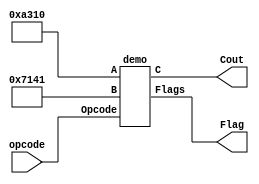
`timescale 1ns / 1ps
//////////////////////////////////////////////////////////////////////////////////
// Company:
// Engineers: John Mismash, Andrew Porter, Vanessa Bentley, Zach Phelan
//
// Design Name: First Go -2021
// Module Name:    alu
// Project Name: TEAM 1
// Target Devices:
// Tool versions:
// Description:
//
// Dependencies:
//
// Revision:
// Revision 0.01 - File Created
// Additional Comments: Testing
//
//////////////////////////////////////////////////////////////////////////////////
module demoforPass(opcode, Cout, Flag);

input [7:0] opcode;
output wire [15:0] Cout;
output wire [4:0] Flag;

parameter inA = 16'hA310; //-23792
parameter inB = 16'h7141; //28993

demo demoALU(inA, inB, Cout, opcode, Flag);


endmodule

module demo( A, B, C, Opcode, Flags);
input [15:0] A, B;
input [7:0] Opcode;
output reg [15:0] C;
output reg [4:0] Flags; // Flags[4]-ZF Flags[3]-CF,  Flags[2]-FF, Flags[1]-LF, Flags[0]-NF

parameter ADD    = 8'b00000000;
parameter ADDI   = 8'b00000001;
parameter ADDU   = 8'b00000010;
parameter ADDUI  = 8'b00000011;
parameter ADDC   = 8'b00000100;
parameter ADDCU  = 8'b00000101;
parameter ADDCUI = 8'b00000110;
parameter ADDCI  = 8'b00000111;
parameter SUB    = 8'b00001000;
parameter SUBI   = 8'b00001001;
parameter CMP    = 8'b00001010;
parameter CMPI   = 8'b00001011;
parameter CMPU   = 8'b00001100;
parameter AND    = 8'b00001101;
parameter OR     = 8'b00001110;
parameter XOR    = 8'b00001111;
parameter NOT    = 8'b00010000;
parameter LSH    = 8'b00010001;
parameter LSHI   = 8'b00010010;
parameter RSH    = 8'b00010011;
parameter RSHI   = 8'b00010100;
parameter ALSH   = 8'b00010101;
parameter ARSH   = 8'b00010110;
parameter NOP    = 8'b00010111;


always @(A, B, Opcode)
begin
	case (Opcode)
	ADDU:
		begin
		{Flags[3], C} = A + B;
		// perhaps if ({Flags[3], C} == 5'b00000) ....
		if (C == 'h0) Flags[4] = 1'b1; // Set Z flag if all zeros
		else Flags[4] = 1'b0;
		Flags[2:0] = 3'b000;
		end

	ADD:
		begin
		C = A + B;
		if (C == 'h0) Flags[4] = 1'b1;
		else Flags[4] = 1'b0;
		if( (~A[15] & ~B[15] & C[15]) | (A[15] & B[15] & ~C[15]) ) Flags[2] = 1'b1; // Checks if overflow occurred. Another way of writing it: if (a > 0 & b > 0 & c < 0 | a < 0 & b < 0 & c > 0), set overflow bit.
		else Flags[2] = 1'b0;
		Flags[1:0] = 2'b00; Flags[3] = 1'b0;
		end

    ADDI:
        begin
		C = A + B;
		if (C == 4'b0000) Flags[4] = 1'b1;
		else Flags[4] = 1'b0;
		if( (~A[15] & ~B[15] & C[15]) | (A[15] & B[15] & ~C[15]) ) Flags[2] = 1'b1;
		else Flags[2] = 1'b0;
		Flags[1:0] = 2'b00; Flags[3] = 1'b0;
		end

    ADDUI:
		begin
		{Flags[3], C} = A + B;
		// perhaps if ({Flags[3], C} == 5'b00000) ....
		if (C == 'h0) Flags[4] = 1'b1;
		else Flags[4] = 1'b0;
		Flags[2:0] = 3'b000;
		end

    ADDC:
        begin
        C = A + B + Flags[3];
		if (C == 'h0) Flags[4] = 1'b1;
		else Flags[4] = 1'b0;
		if( (~A[15] & ~B[15] & C[15]) | (A[15] & B[15] & ~C[15]) ) Flags[2] = 1'b1;
		else Flags[2] = 1'b0;
		Flags[1:0] = 2'b00; Flags[3] = 1'b0;
		end

    ADDCU:
		begin
		{Flags[3], C} = A + B + Flags[3];
		// perhaps if ({Flags[3], C} == 5'b00000) ....
		if (C == 'h0) Flags[4] = 1'b1;
		else Flags[4] = 1'b0;
		Flags[2:0] = 3'b000;
		end

    ADDCUI:
		begin
		{Flags[3], C} = A + B + Flags[3];
		// perhaps if ({Flags[3], C} == 5'b00000) ....
		if (C == 'h0) Flags[4] = 1'b1;
		else Flags[4] = 1'b0;
		Flags[2:0] = 3'b000;
		end

    ADDCI:
		begin
		{Flags[3], C} = A + Flags[3];
		// perhaps if ({Flags[3], C} == 5'b00000) ....
		if (C == 'h0) Flags[4] = 1'b1;
		else Flags[4] = 1'b0;
		Flags[2:0] = 3'b000;
		end

	SUB:
		begin
		C = A - B;
		if (C == 16'd0) Flags[4] = 1'b1; //Sets the Z flag
		else Flags[4] = 1'b0;
		if( (~A[15] & ~B[15] & C[15]) | (A[15] & B[15] & ~C[15]) ) Flags[2] = 1'b1; //Sets the F flag
		else Flags[2] = 1'b0;

		Flags[1:0] = 2'b00; Flags[3] = 1'b0; //Ensure Other Flags to 0
		end

	SUBI: //Same as SUB
		begin

		C = A - B;
		if (C == 16'd0) Flags[4] = 1'b1; //Sets the Z flag
		else Flags[4] = 1'b0;
		if( (~A[15] & ~B[15] & C[15]) | (A[15] & B[15] & ~C[15]) ) Flags[2] = 1'b1; //Sets the F flag
		else Flags[2] = 1'b0;

		Flags[1:0] = 2'b00; Flags[3] = 1'b0; //Ensure Other Flags to 0

		end
	CMP:
		begin
		if( $signed(A) < $signed(B) ) Flags[1:0] = 2'b11;
		else Flags[1:0] = 2'b00;
		C = 16'd0;
		if ($signed(A) == $signed(B)) Flags[4:2] = 3'b100;
		else Flags[4:2] = 3'b000;

		end

	CMPU:
		begin
		if ( A < B ) Flags[1:0] = 2'b10; // A is Rdest, B is Rsrc
		else Flags[1:0] = 2'b00;
		C = 16'd0;
		if (A == B) Flags[4:2] = 3'b100;
		else Flags[4:2] = 3'b000;
		end


	AND:
		begin
			C = A & B;
			Flags = 5'd0;
		end

	OR:
		begin
			C = A | B;
			Flags = 5'd0;
		end

	XOR:
		begin
		C = A ^ B;
		Flags = 5'd0;
		end

	NOT:
		begin
			C = ~A; // Output is opposite of A, either 1 or 0
		Flags = 5'd0;
		end

  LSH:
      begin
      if (B > 0)
        // Perform shift on A by B
        C  = A << B; // Fills with zeroes

      else
        // Perform shift by 1
        C = A << 1;
      Flags = Flags;
      end

  LSHI:
    begin
    if (B > 0)
      // Perform shift on A by B
      C = A << B; // Fills with zeroes

    else
      // Perform shift by 1
      C = A << 1;
    Flags = Flags;
    end

  ARSH:
    begin
    if (B > 0)
      // Perform shift on A by B
      C = A >>> B; // Sign extended

    else
      // Perform shift by 1
      C = A >>> 1; // Sign extended
    Flags = Flags;
    end

  ALSH:
    begin
    if (B > 0)
      // Perform shift on A by B
      C = A << B; // Sign extended

    else
      // Perform shift by 1
      C =A << 1; // Sign extended
	Flags = Flags;
    end

  RSH:
    begin
    if (B > 0)
      // Perform shift on A by B
      C = A >> B; // Sign extended

    else //perform logical extend
      C = A >> 1; // logical extended
	Flags = Flags;
    end
  RSHI:
    begin
    if (B > 0)
      // Perform shift on A by B
      C = A >>> B; // Sign extended

    else
      // Perform shift by 1
      C = A >>> 1; // Sign extended
	Flags = Flags;
    end

  NOP:
    begin
   	//do nothing

    end

	default:
		begin
			C = 4'b0000;
			Flags = 5'b00000;
		end
	endcase
end

endmodule